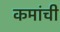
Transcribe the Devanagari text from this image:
कमांची